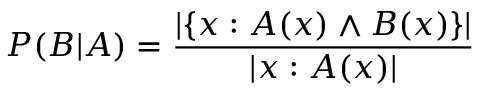
P ( B | A ) = { \frac { | \{ x : A ( x ) \land B ( x ) \} | } { | x : A ( x ) | } }